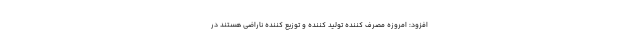
افزود: امروزه مصرف کننده تولید کننده و توزیع کننده ناراضی هستند در